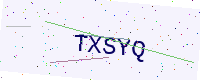
Text: TXSYQ